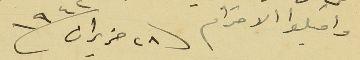
واقبلوا الاحترام فى ٢٨ حزيران سنة ١٩٤٢